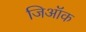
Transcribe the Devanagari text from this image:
जिऑक